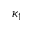
\kappa _ { 1 }